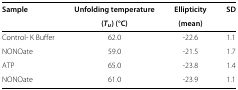
| Sample | Unfolding temperature | Ellipticity | SD |
 |  | (Tu) (°C) | (mean) |  |
 | --- | --- | --- | --- |
 | Control- K Buffer | 62.0 | -22.6 | 1.1 |
 | NONOate | 59.0 | -21.5 | 1.7 |
 | ATP | 65.0 | -23.8 | 1.4 |
 | NONOate | 61.0 | -23.9 | 1.1 |